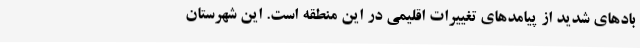
بادهای شدید از پیامدهای تغییرات اقلیمی در این منطقه است. این شهرستان